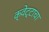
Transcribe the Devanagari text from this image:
क्वेट्टाचा